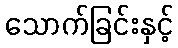
သောက်ခြင်းနှင့်